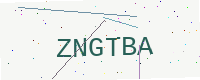
Text: ZNGTBA